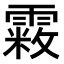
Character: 𩄧